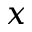
x